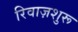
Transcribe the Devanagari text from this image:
रिवाज़शुरू